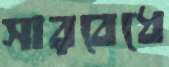
সারবেধে